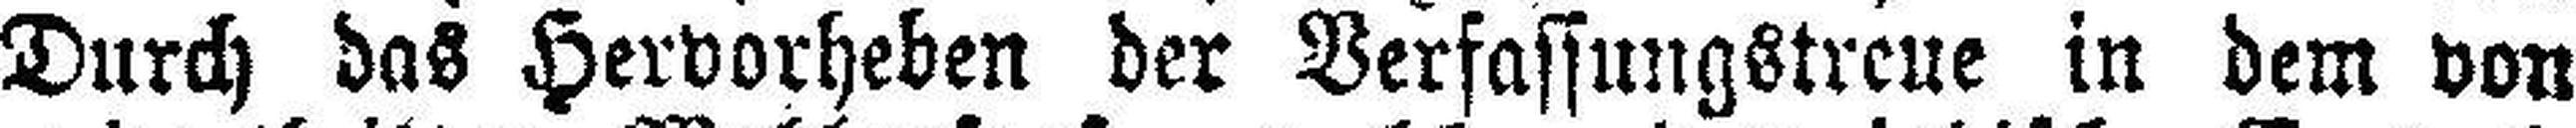
Durch das Hervorheben der Verfassungstreue in dem von